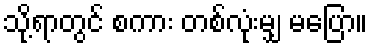
သို့ရာတွင် စကား တစ်လုံးမျှ မပြော။